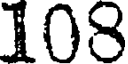
108